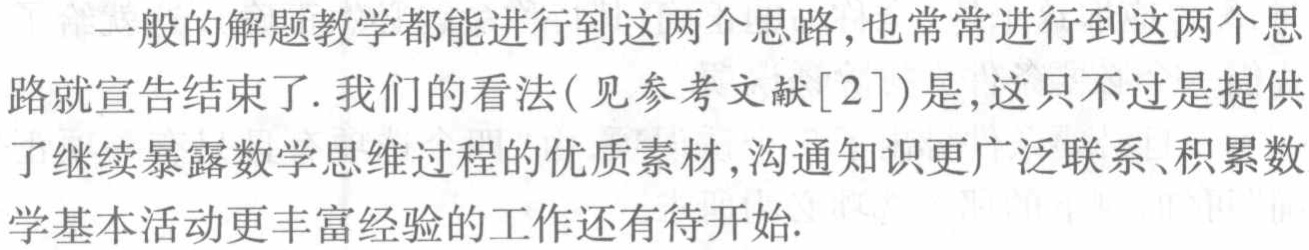
一般的解题教学都能进行到这两个思路,也常常进行到这两个思路就宣告结束了. 我们的看法(见参考文献[2])是,这只不过是提供了继续暴露数学思维过程的优质素材,沟通知识更广泛联系、积累数学基本活动更丰富经验的工作还有待开始.